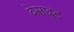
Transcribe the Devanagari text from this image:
वेसाइट